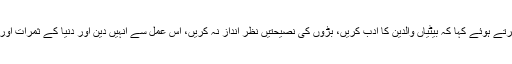
انجینئر رفیق نجم نے خطاب کرتے ہوئے کہا کہ بیٹیاں والدین کا ادب کریں، بڑوں کی نصیحتیں نظر انداز نہ کریں، اس عمل سے انہیں دین اور دنیا کے ثمرات اور کامیاب زندگی نصیب ہو گی۔